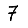
Digit: 7